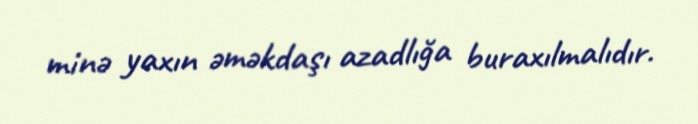
minə yaxın əməkdaşı azadlığa buraxılmalıdır.